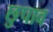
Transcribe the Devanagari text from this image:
छुपाव